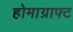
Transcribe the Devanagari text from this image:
होमाग्राफ्ट